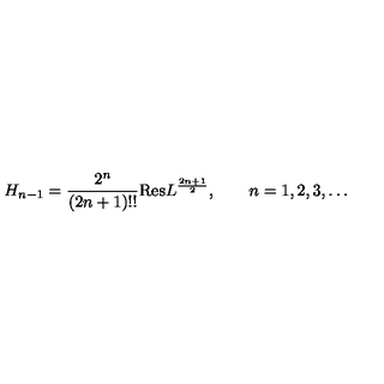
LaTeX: H _ { n - 1 } = \frac { 2 ^ { n } } { ( 2 n + 1 ) ! ! } \mathrm { R e s } L ^ { \frac { 2 n + 1 } { 2 } } , \qquad n = 1 , 2 , 3 , \dots